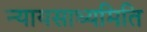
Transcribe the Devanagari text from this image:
न्यायसाध्यमिति